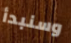
وسنبدأ